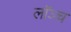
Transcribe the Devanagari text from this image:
लॉञ्च